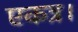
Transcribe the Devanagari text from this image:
एकत्र।